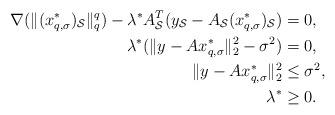
LaTeX: \begin{align*}\begin{aligned}\nabla(\|(x_{q,\sigma}^*)_{\mathcal S }\|_{q}^{q})-\lambda^*{A_{\mathcal S}^T}(y_{\mathcal S}-{A_{\mathcal S}}(x_{q,\sigma}^*)_{\mathcal S})&=0,\\\lambda^*(\|y-{A}x_{q,\sigma}^*\|_2^2-\sigma^2)&=0,\\\|y-{A}x_{q,\sigma}^*\|_2^2&\leq\sigma^2,\\\lambda^*&\geq0.\end{aligned}\end{align*}